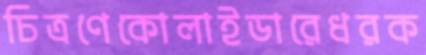
চিত্রণেকোলাইডারেধরক